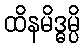
ထိနမိဒ္ဓမ္ပိ